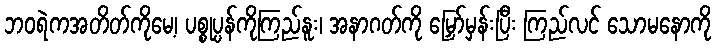
ဘဝရဲကအတိတ်ကိုမေ့၊ ပစ္စုပ္ပန်ကိုကြည်နူး၊ အနာဂတ်ကို မြှော်မှန်းပြီး ကြည်လင် သောမနောကို